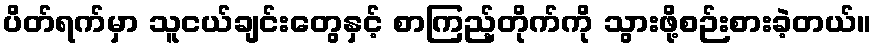
ပိတ်ရက်မှာ သူငယ်ချင်းတွေနှင့် စာကြည့်တိုက်ကို သွားဖို့စဉ်းစားခဲ့တယ်။